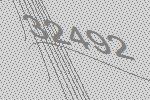
32492